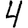
Digit: 4